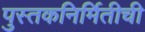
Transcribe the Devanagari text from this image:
पुस्तकनिर्मितीची